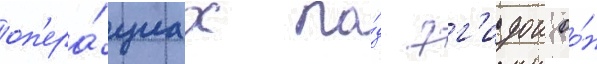
оп'ера́циах по́д эг'идои оо́н